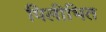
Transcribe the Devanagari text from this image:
पिलीभित